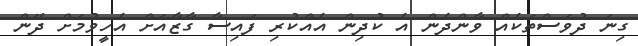
ގިނަ ދުވަސްތަކެއް ވާންދެން އެ ކުދިން އެއްކުރި ފައިސާ ގާޒާއަށް އެހީވުމަށް ދޭން